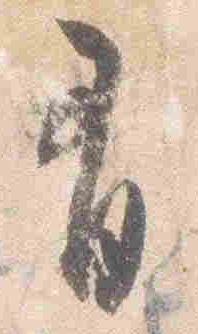
有